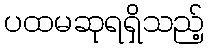
ပထမဆုရရှိသည့်